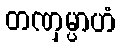
တဏှမ္ပာဟံ